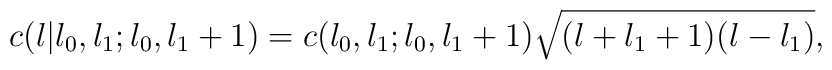
c(l|l_{0},l_{1};l_{0},l_{1}+1) = c(l_{0},l_{1};l_{0},l_{1}+1)\sqrt{(l+l_{1}+1)(l-l_{1})},